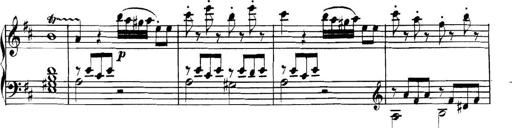
Title: Collected Piano Sonatas
Composer: Muzio Clementi